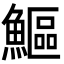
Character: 鰸